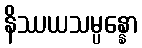
နိဿယသမ္ပန္နော